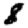
Digit: 8